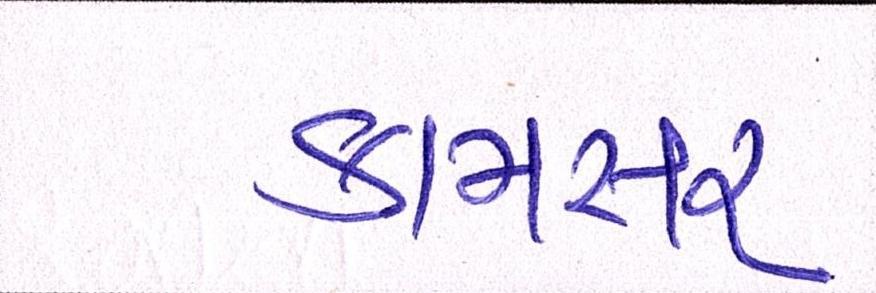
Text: કામસર